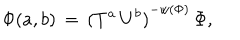
{ \Phi } ( a , b ) \, = \, { ( T ^ { a } \, U ^ { b } ) } ^ { - w ( \Phi ) } \, { \Phi } ,